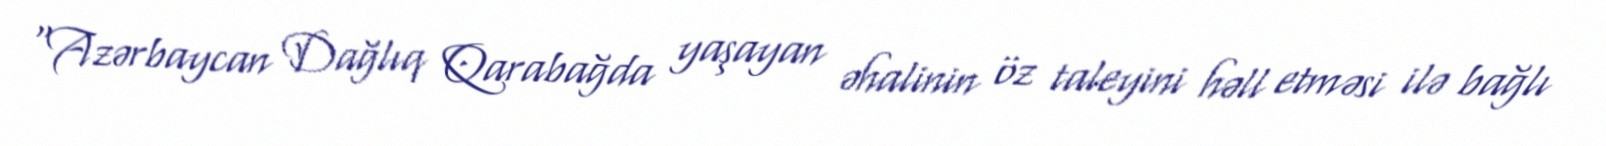
“Azərbaycan Dağlıq Qarabağda yaşayan əhalinin öz taleyini həll etməsi ilə bağlı